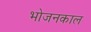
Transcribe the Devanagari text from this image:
भोजनकाल